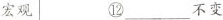
宏观⑫___不变